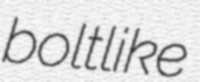
boltlike